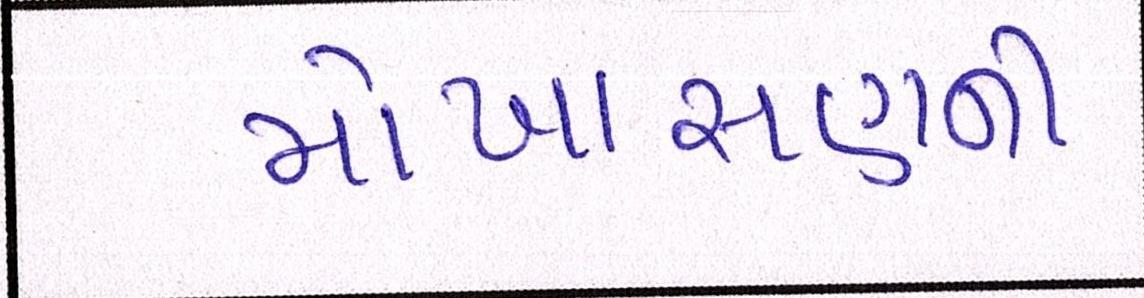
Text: મોખાસણની